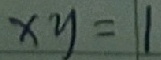
x y = 1